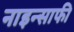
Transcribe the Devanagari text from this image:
नाइन्साफी